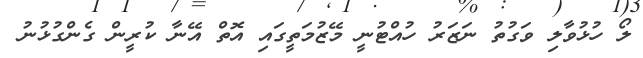
ލޯ ހުޅުވާލި ވަގުތު ނަޒަރު ހުއްޓުނީ މޭޒުމަތީގައި އޮތް އޭނާ ކުރީން ގެންގުޅުނު